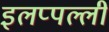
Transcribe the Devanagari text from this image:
इलप्पल्ली